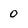
Character: 0